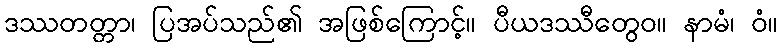
ဒဿတတ္တာ၊ ပြအပ်သည်၏ အဖြစ်ကြောင့်။ ပီယဒဿီတွေဝ။ နာမံ၊ ဝံ။